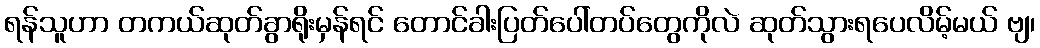
ရန်သူဟာ တကယ်ဆုတ်ခွာရိုးမှန်ရင် တောင်ခါးပြတ်ပေါ်တပ်တွေကိုလဲ ဆုတ်သွားရပေလိမ့်မယ် ဗျ၊